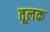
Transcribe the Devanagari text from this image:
तूलक